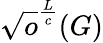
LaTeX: \sqrt{o}^{\frac{L}{c}}(G)